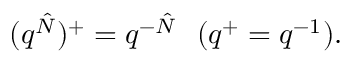
( q ^ { \hat { N } } ) ^ { + } = q ^ { - \hat { N } } \ \ ( q ^ { + } = q ^ { - 1 } ) .